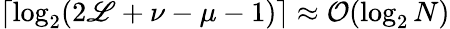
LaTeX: \left\lceil\log_{2}(2\mathscr{L}+\nu-\mu-1)\right\rceil\approx\mathcal{{O}}(\log_{2}N)